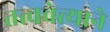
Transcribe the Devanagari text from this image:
तत्ववेत्त्याने